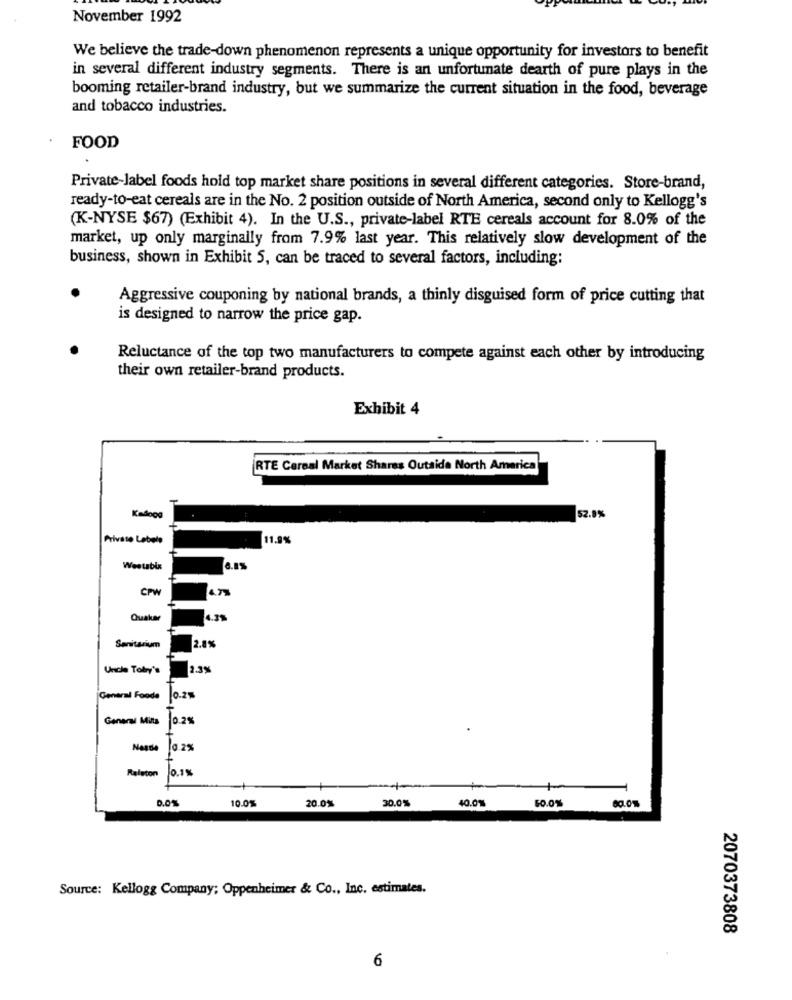
November 1992
We believe the trade-down phenomenon represents a unique opportunity for investors to benefit
in several different industry segments. There is an unfortunate dearth of pure plays in the
booming retailer-brand industry, but we summarize the current situation in the food, beverage
and tobacco industries.
FOOD
Private-label foods hold top market share positions in several different categories. Store-brand,
ready-to-eat cereals are in the No. 2 position outside of North America, second only to Kellogg's
(K-NYSE $67) (Exhibit 4). In the U.S ., private-label RTE cereals account for 8.0% of the
market, up only marginally from 7.9% last year. This relatively slow development of the
business, shown in Exhibit 5, can be traced to several factors, including:
Aggressive couponing by national brands, a thinly disguised form of price cutting that
is designed to narrow the price gap.
Reluctance of the top two manufacturers to compete against each other by introducing
their own retailer-brand products.
Exhibit 4
RTE Cereal Market Shares Outside North America
Kadnog
52.9%
Private Labels
11.9%
Weetabix
CPW
Quake
Sanitarium
2.8%
Uncle Tolay's
1.3%
General Foods
General Mita 0.2%
Nesse
10.2%
0.1%
Raleton
D.0%
10.0%
20.0%
30.0%
40.0%
50.0%
60.0%
Source: Kellogg Company; Oppenheimer & Co ., Inc. estimates.
2070373808
6